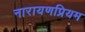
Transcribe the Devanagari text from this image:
नारायणप्रियम